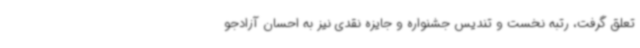
تعلق گرفت، رتبه نخست و تندیس جشنواره و جایزه نقدی نیز به احسان آزادجو